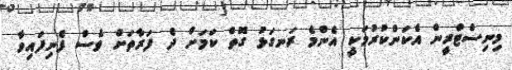
މިނިސްޓްރީން އެކަންކުރުމަކީ އެންމެ ރަނގަޅު ގޮތް ކަމަށް ދެ ފަރާތަށް ވެސް ފެނިފައިވާ